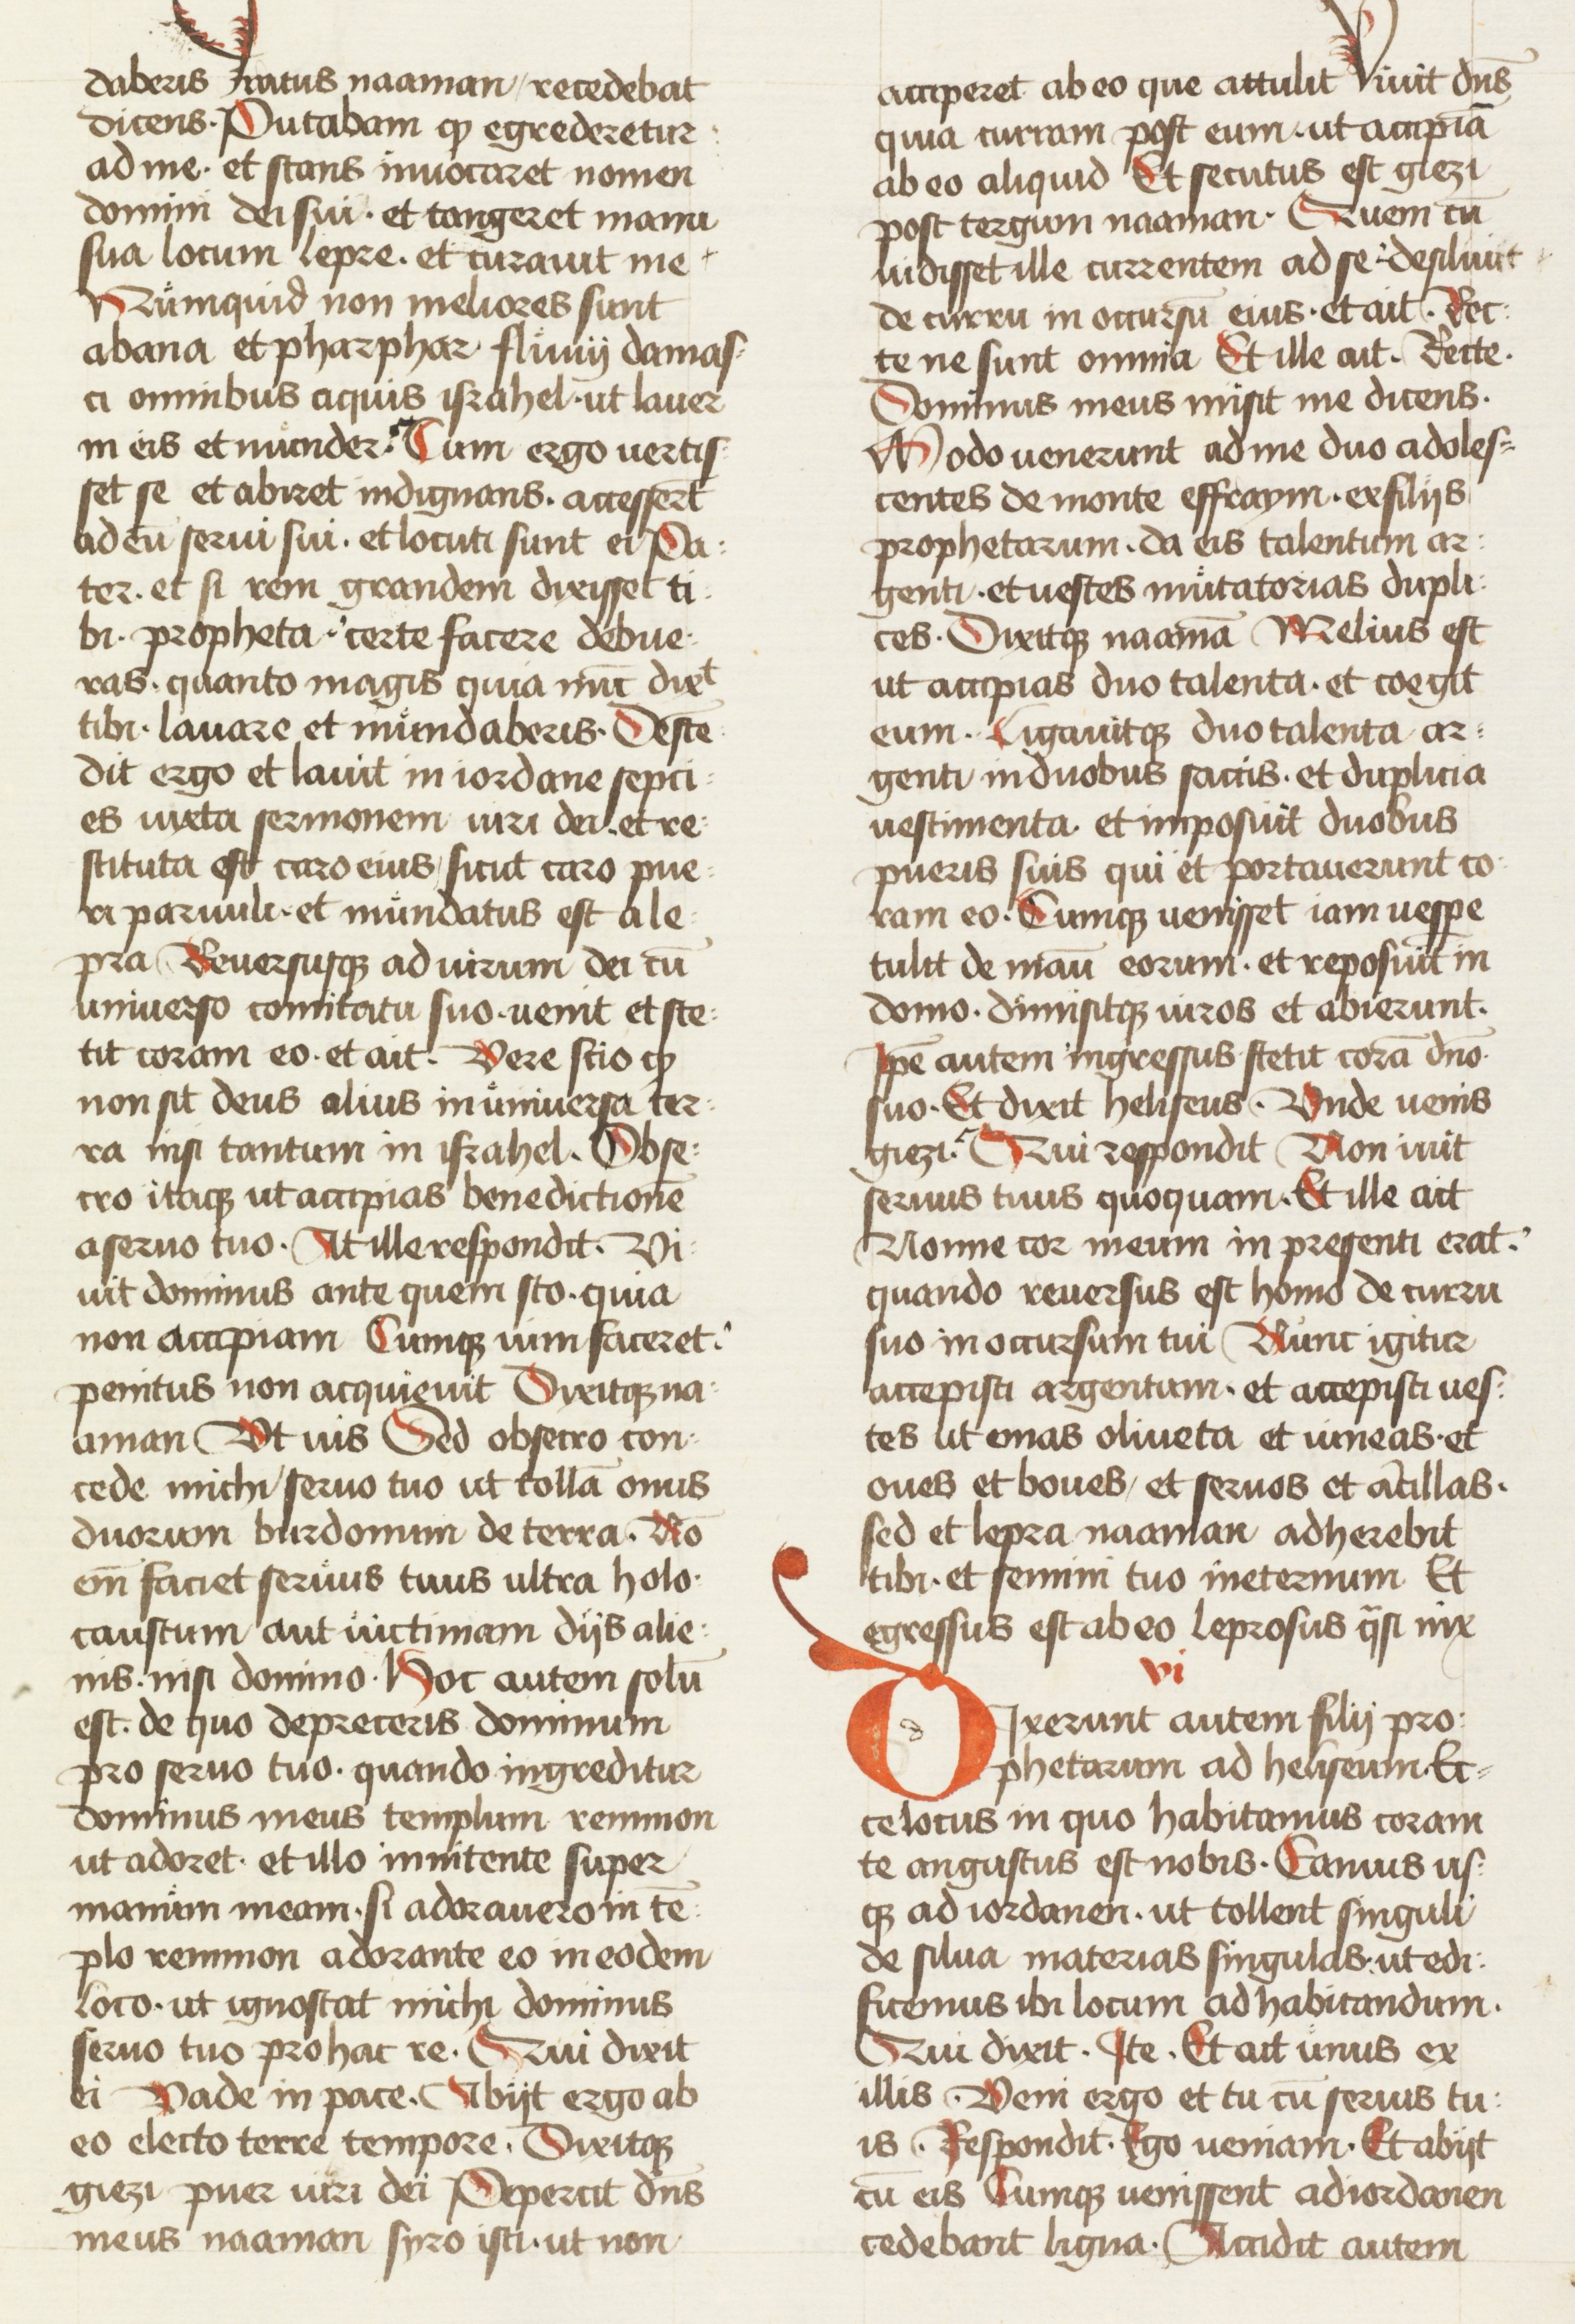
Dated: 1434–1466